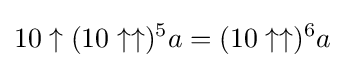
10\uparrow (10\uparrow \uparrow )^{5}a=(10\uparrow \uparrow )^{6}a